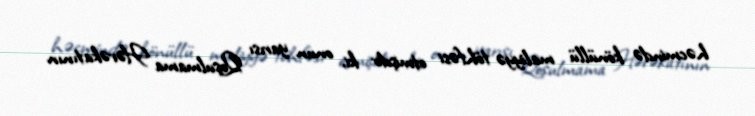
həcmində könüllü maliyyə töhfəsi etmişdir ki, onun yarısı Qoşulmama Hərəkatının